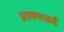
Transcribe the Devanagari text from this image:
आक्सफ़र्ड